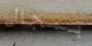
بمجال